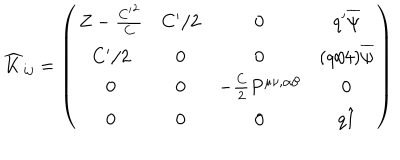
LaTeX: \widehat { K } _ { i j } = \left( \begin{matrix} { { Z - { \frac { { C ^ { \prime } } ^ { 2 } } { C } } } } & { { C ^ { \prime } / 2 } } & { { 0 } } & { { q ^ { \prime } \overline { { { \psi } } } } } \\ { { C ^ { \prime } / 2 } } & { { 0 } } & { { 0 } } & { { ( q / 4 ) \overline { { { \psi } } } } } \\ { { 0 } } & { { 0 } } & { { - { \frac { C } { 2 } } P ^ { \mu \nu , \alpha \beta } } } & { { 0 } } \\ { { 0 } } & { { 0 } } & { { 0 } } & { { q \hat { 1 } } } \\ \end{matrix} \right)